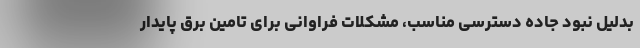
بدلیل نبود جاده دسترسی مناسب، مشکلات فراوانی برای تامین برق پایدار